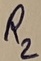
Text: R2